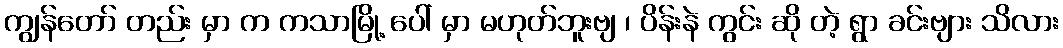
ကျွန်တော် တည်း မှာ က ကသာမြို့ ပေါ် မှာ မဟုတ်ဘူးဗျ ၊ ပိန်းနဲ ကွင်း ဆို တဲ့ ရွာ ခင်းဗျား သိလား